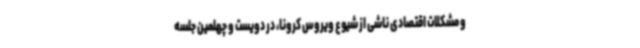
و مشکلات اقتصادی ناشی از شیوع ویروس کرونا، در دویست و چهلمین جلسه